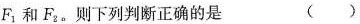
F_{ 1 }和F_{ 2 }。则下列判断正确的是 ( )